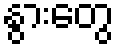
နွားတွေ